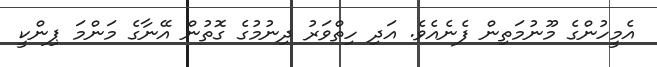
އެމީހުންގެ މޫނުމަތިން ފެނެއެވެ. އަދި ހިތްވަރު ދިނުމުގެ ގޮތުން އޭނާގެ މަންމަ ޕިންކީ